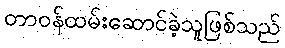
တာဝန်ထမ်းဆောင်ခဲ့သူဖြစ်သည်